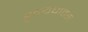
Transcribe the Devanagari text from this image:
ह्रृदयघातसे